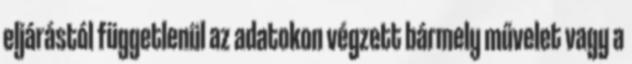
eljárástól függetlenül az adatokon végzett bármely művelet vagy a